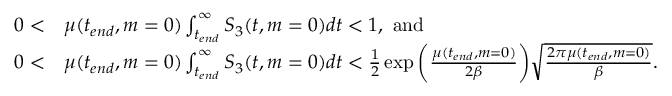
\begin{array} { r l } { 0 < } & { \mu ( t _ { e n d } , m = 0 ) \int _ { t _ { e n d } } ^ { \infty } S _ { 3 } ( t , m = 0 ) d t < 1 , ~ \mathrm { a n d } } \\ { 0 < } & { \mu ( t _ { e n d } , m = 0 ) \int _ { t _ { e n d } } ^ { \infty } S _ { 3 } ( t , m = 0 ) d t < \frac { 1 } { 2 } \exp { \bigg ( \frac { \mu ( t _ { e n d } , m = 0 ) } { 2 \beta } \bigg ) } \sqrt { \frac { 2 \pi \mu ( t _ { e n d } , m = 0 ) } { \beta } } . } \end{array}